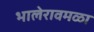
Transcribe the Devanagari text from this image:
भालेरावमळा